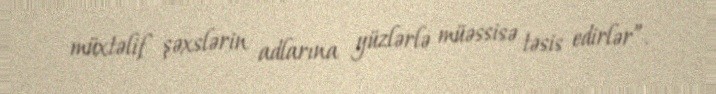
müxtəlif şəxslərin adlarına yüzlərlə müəssisə təsis edirlər”.